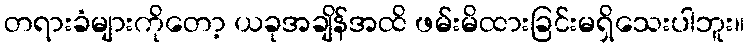
တရားခံများကိုတော့ ယခုအချိန်အထိ ဖမ်းမိထားခြင်းမရှိသေးပါဘူး။